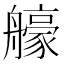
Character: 𦪳